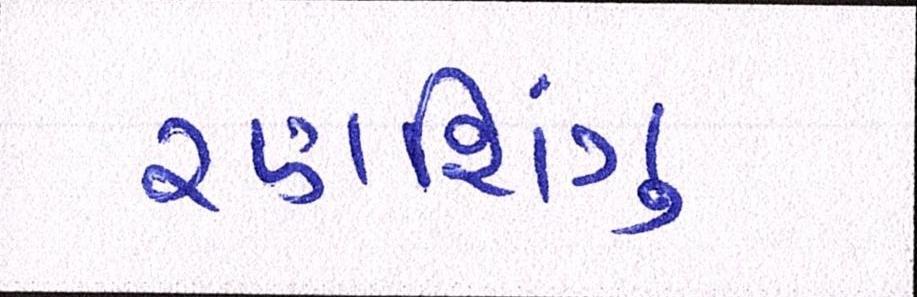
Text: રણશિંગુ